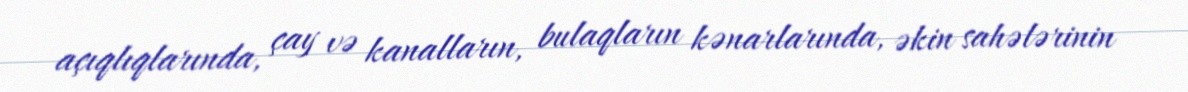
açıqlıqlarında, çay və kanalların, bulaqların kənarlarında, əkin sahələrinin